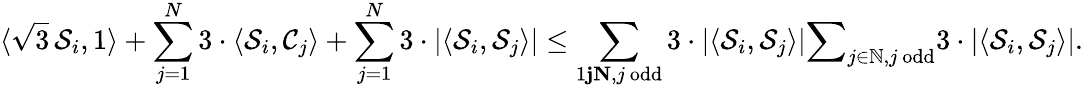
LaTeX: \langle\sqrt{3}\, {\mathcal S_{i}},1\rangle+\sum_{j=1}^{N}3\cdot\langle{\mathcal S}_{i},{\mathcal C}_{j}\rangle+\sum_{j=1}^{N}3\cdot|\langle{\mathcal S}_{i},{\mathcal S}_{j}\rangle|\leq\sum_{1\le j\le N,j\ \mathrm{odd}}3\cdot|\langle{\mathcal S}_{i},{\mathcal S}_{j}\rangle|\le\sum_{j\in\mathbb{N},j\ \mathrm{odd}}3\cdot|\langle{\mathcal S}_{i},{\mathcal S}_{j}\rangle|.